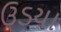
ઉડયા